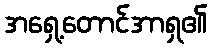
အရှေ့တောင်အာရှ၏